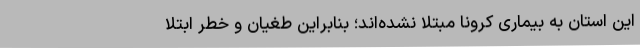
این استان به بیماری کرونا مبتلا نشده‌اند؛ بنابراین طغیان و خطر ابتلا